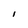
Character: l